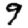
Digit: 9